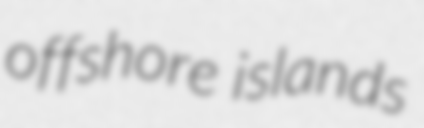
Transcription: offshore islands